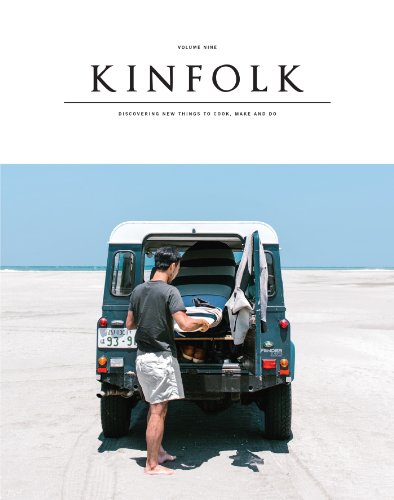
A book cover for Kinfolk Volume 9: The Weekend Issue; Various; Crafts, Hobbies & Home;